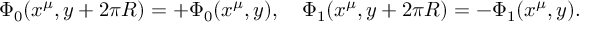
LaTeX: \Phi _ { 0 } ( x ^ { \mu } , y + 2 \pi R ) = + \Phi _ { 0 } ( x ^ { \mu } , y ) , \quad \Phi _ { 1 } ( x ^ { \mu } , y + 2 \pi R ) = - \Phi _ { 1 } ( x ^ { \mu } , y ) .